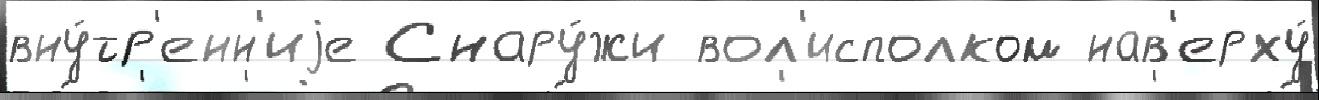
вну́тр'енн'иjе Снару́жи вол'исполком нав'ерху́